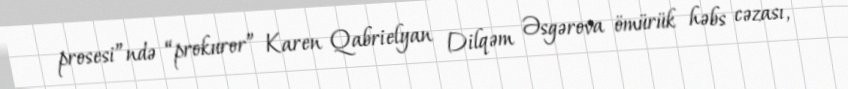
prosesi”ndə “prokuror” Karen Qabrielyan Dilqəm Əsgərova ömürük həbs cəzası,